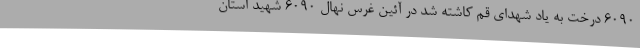
6090 درخت به یاد شهدای قم کاشته شد در آئین غرس نهال 6090 شهید استان